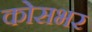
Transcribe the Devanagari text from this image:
कोसभर